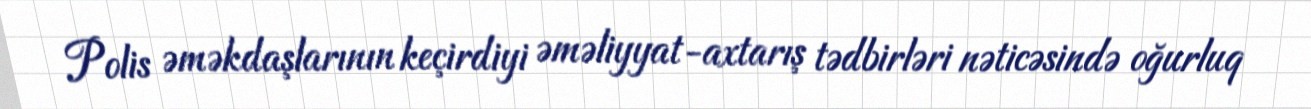
Polis əməkdaşlarının keçirdiyi əməliyyat-axtarış tədbirləri nəticəsində oğurluq